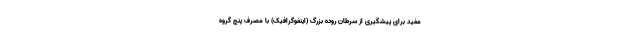
مفید برای پیشگیری از سرطان روده بزرگ (اینفوگرافیک) با مصرف پنج گروه